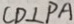
C D \bot P A